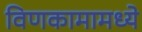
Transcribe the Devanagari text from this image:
विणकामामध्ये